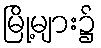
မြို့များ၌